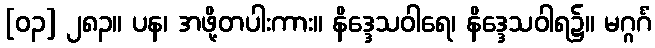
[၀၃] ၂၈၃။ ပန၊ အဖို့တပါးကား။ နိဒ္ဒေသဝါရေ၊ နိဒ္ဒေသဝါရ၌။ မဂ္ဂင်္ဂံ